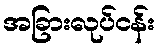
အခြားလုပ်ငန်း